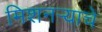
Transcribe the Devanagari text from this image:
मिशनर्‍याचे